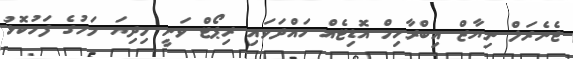
ޖެނެރަލް ނިޔާޒް އިބްރާހިމް އޮޑިޓެއް ހައްދަވައި ރިޕޯޓް ވަނީ މިދިޔަ މަހުގެ ފަހުކޮޅު